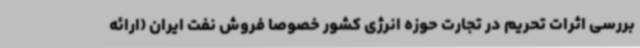
بررسی اثرات تحریم در تجارت حوزه انرژی کشور خصوصا فروش نفت ایران (ارائه